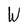
Character: W